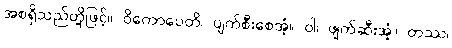
အစရှိသည်တို့ဖြင့်။ ဝိကောပေတိ၊ ပျက်စီးစေအံ့။ ဝါ၊ ဖျက်ဆီးအံ့။ တဿ၊